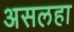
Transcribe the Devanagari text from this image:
असलहा